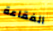
الفقاعة